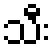
သီး